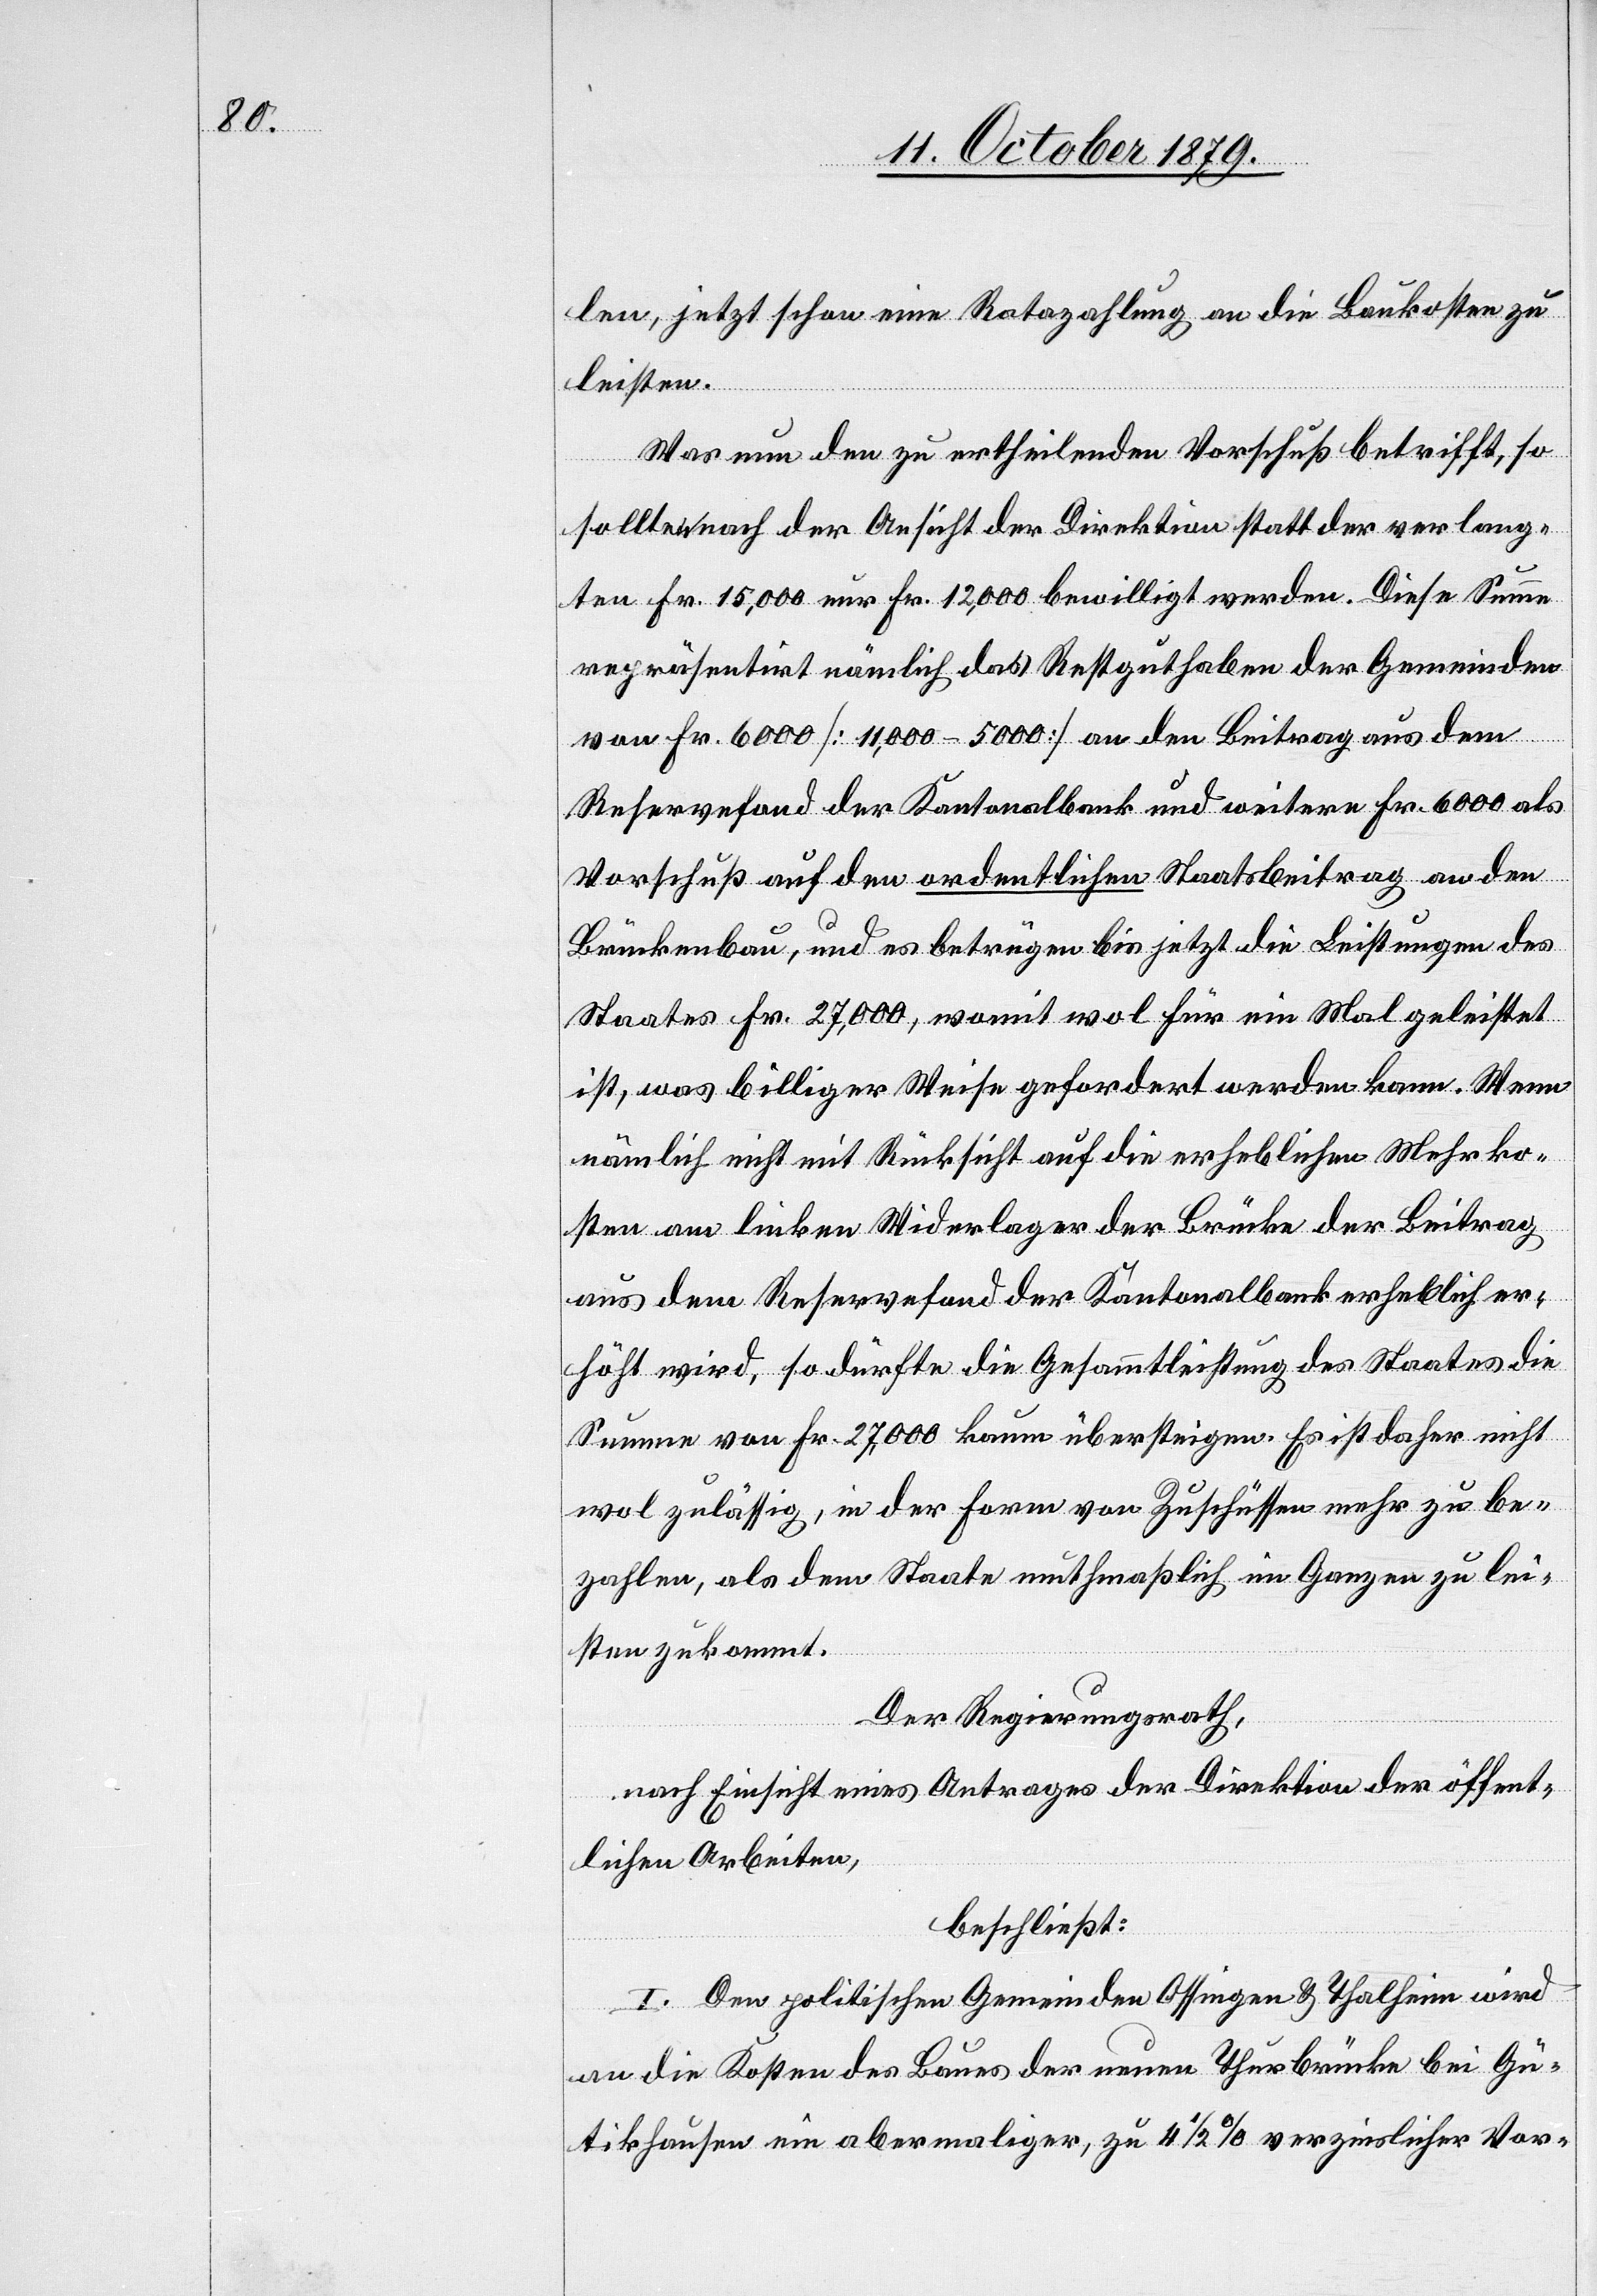
len, jetzt schon eine Ratazahlung an die Baukosten zu
leisten.
Was nun den zu ertheilenden Vorschuß betrifft, so
sollte nach der Ansicht der Direktion statt der verlang¬
ten Fr. 15,000 nur Fr. 12,000 bewilligt werden. Diese Summe
repräsentirt nämlich das Restguthaben der Gemeinden
von Fr. 6000 [11,000–5000] an den Beitrag aus dem
Reservefond der Kantonalbank und weitere Fr. 6000 als
Vorschuß auf den ordentlichen Staatsbeitrag an den
Brückenbau, und es betrügen bis jetzt die Leistungen des
Staates Fr. 27,000, womit wol für ein Mal geleistet
ist, was billiger Weise gefordert werden kann. Wenn
nämlich nicht mit Rücksicht auf die erheblichen Mehrko¬
sten am linken Widerlager der Brücke der Beitrag
aus dem Reservefond der Kantonalbank erheblich er¬
höht wird, so dürfte die Gesammtleistung des Staates die
Summe von Fr. 27,000 kaum übersteigen. Es ist daher nicht
mal zulässig, in der Form von Zuschüssen mehr zu be¬
zahlen, als dem Staate muthmaßlich im Ganzen zu lei¬
sten zukommt.
Der Regierungsrath,
nach Einsicht eines Antrages der Direktion der öffent¬
lichen Arbeiten,
beschließt:
I. Den politischen Gemeinden Ossingen & Thalheim wird
an die Kosten des Baues der neuen Thurbrücke bei Gü¬
tikhausen ein abermaliger, zu 4 1/2 % verzinslicher Vor-